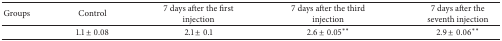
| Groups | Control | 7 days after the first injection | 7 days after the third injection | 7 days after the seventh injection |
 | --- | --- | --- | --- | --- |
 |  | 1.1 ± 0.08 | 2.1 ± 0.1 | 2.6 ± 0.05** | 2.9 ± 0.06** |